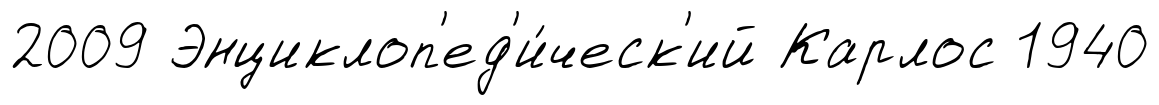
2009 Энциклоп'ед'и́ческ'ий Карлос 1940